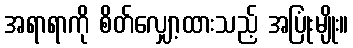
အရာရာကို စိတ်လျှော့ထားသည့် အပြုံးမျိုး။